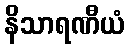
နိသာရဏီယံ